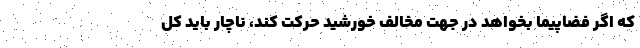
که اگر فضاپیما بخواهد در جهت مخالف خورشید حرکت کند، ناچار باید کل